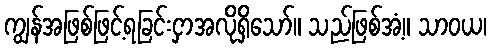
ကျွန်အဖြစ်ဖြင့်ရခြင်းငှာအလိုရှိသော်။ သည်ဖြစ်အံ့။ သာဝယ၊